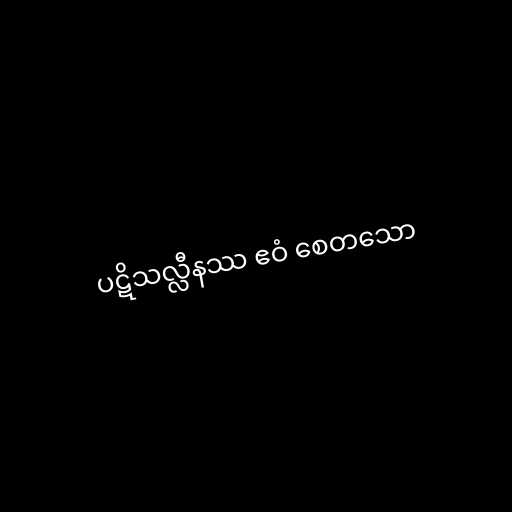
ပဋိသလ္လီနဿ ဧဝံ စေတသော